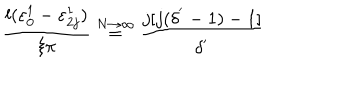
LaTeX: \frac { l ( \varepsilon _ { 0 } ^ { 1 } - \varepsilon _ { 2 j } ^ { 1 } ) } { \xi \pi } \stackrel { N \rightarrow \infty } { = } \frac { j [ j ( \delta ^ { ' } - 1 ) - 1 ] } { \delta ^ { ' } }